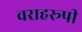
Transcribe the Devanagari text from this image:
वराहरूपी